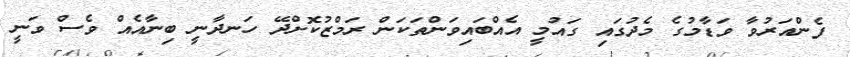
ފެންއަރުވާ ވަޑާމުގެ މެދުގައި ގައުމީ އެއްބައިވަންތަކަން ރަމްޒުކޮށްދޭ ހަނދާނީ ބިނާއެއް ވެސް ވަނީ